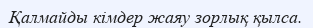
Қалмайды кімдер жаяу зорлық қылса.